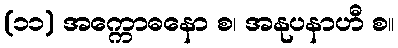
(၁၁) အက္ကောဓနော စ၊ အနုပနာဟီ စ။